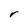
Character: r